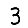
Digit: 3